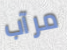
مرآب